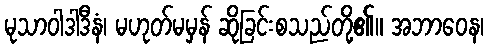
မုသာဝါဒါဒီနံ၊ မဟုတ်မမှန် ဆိုခြင်းစသည်တို့၏။ အဘာဝေန၊